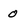
Character: 0